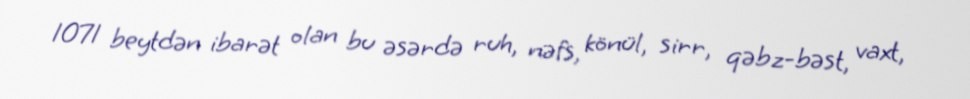
1071 beytdən ibarət olan bu əsərdə ruh, nəfs, könül, sirr, qəbz-bəst, vaxt,